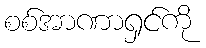
စစ်အာဏာရှင်ကို